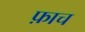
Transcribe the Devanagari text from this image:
फ़ाच